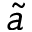
\tilde { a }